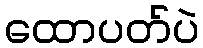
ထောပတ်ပဲ